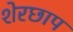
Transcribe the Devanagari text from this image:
शेरछाप